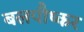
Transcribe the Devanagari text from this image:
बलपौष्कर